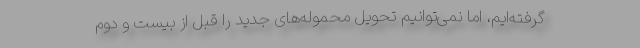
گرفته‌ایم، اما نمی‌توانیم تحویل محموله‌های جدید را قبل از بیست و دوم